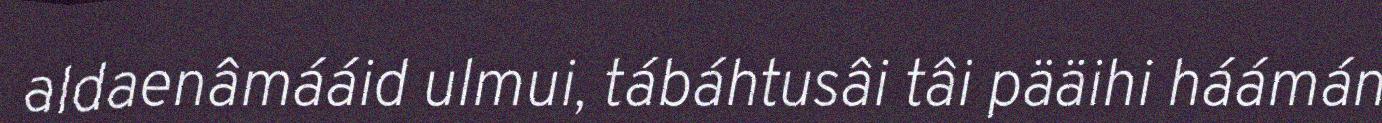
aldaenâmááid ulmui, tábáhtusâi tâi pääihi háámán